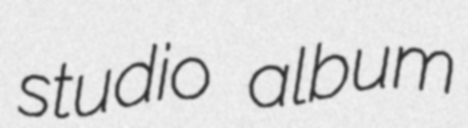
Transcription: studio album